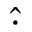
\hat { \cdot }